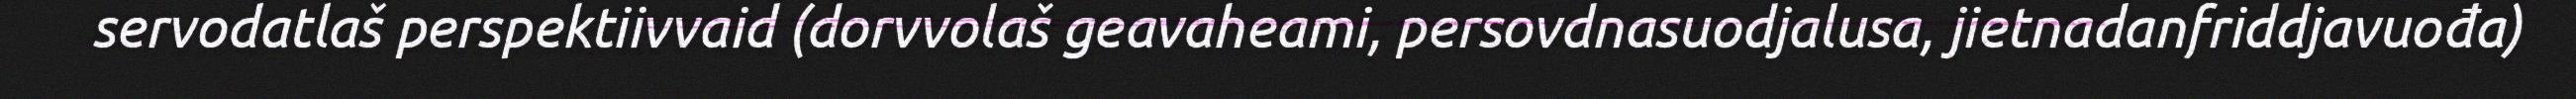
servodatlaš perspektiivvaid (dorvvolaš geavaheami, persovdnasuodjalusa, jietnadanfriddjavuođa)